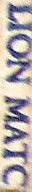
LION MATC